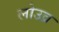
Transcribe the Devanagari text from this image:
लोउव्र